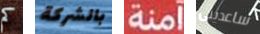
كم بالشركة آمنة ساعدينى